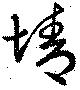
情